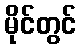
မိုင်တွင်